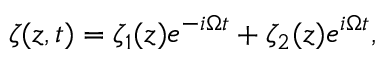
\begin{array} { r } { \zeta ( z , t ) = \zeta _ { 1 } ( z ) e ^ { - i \Omega t } + \zeta _ { 2 } ( z ) e ^ { i \Omega t } , } \end{array}